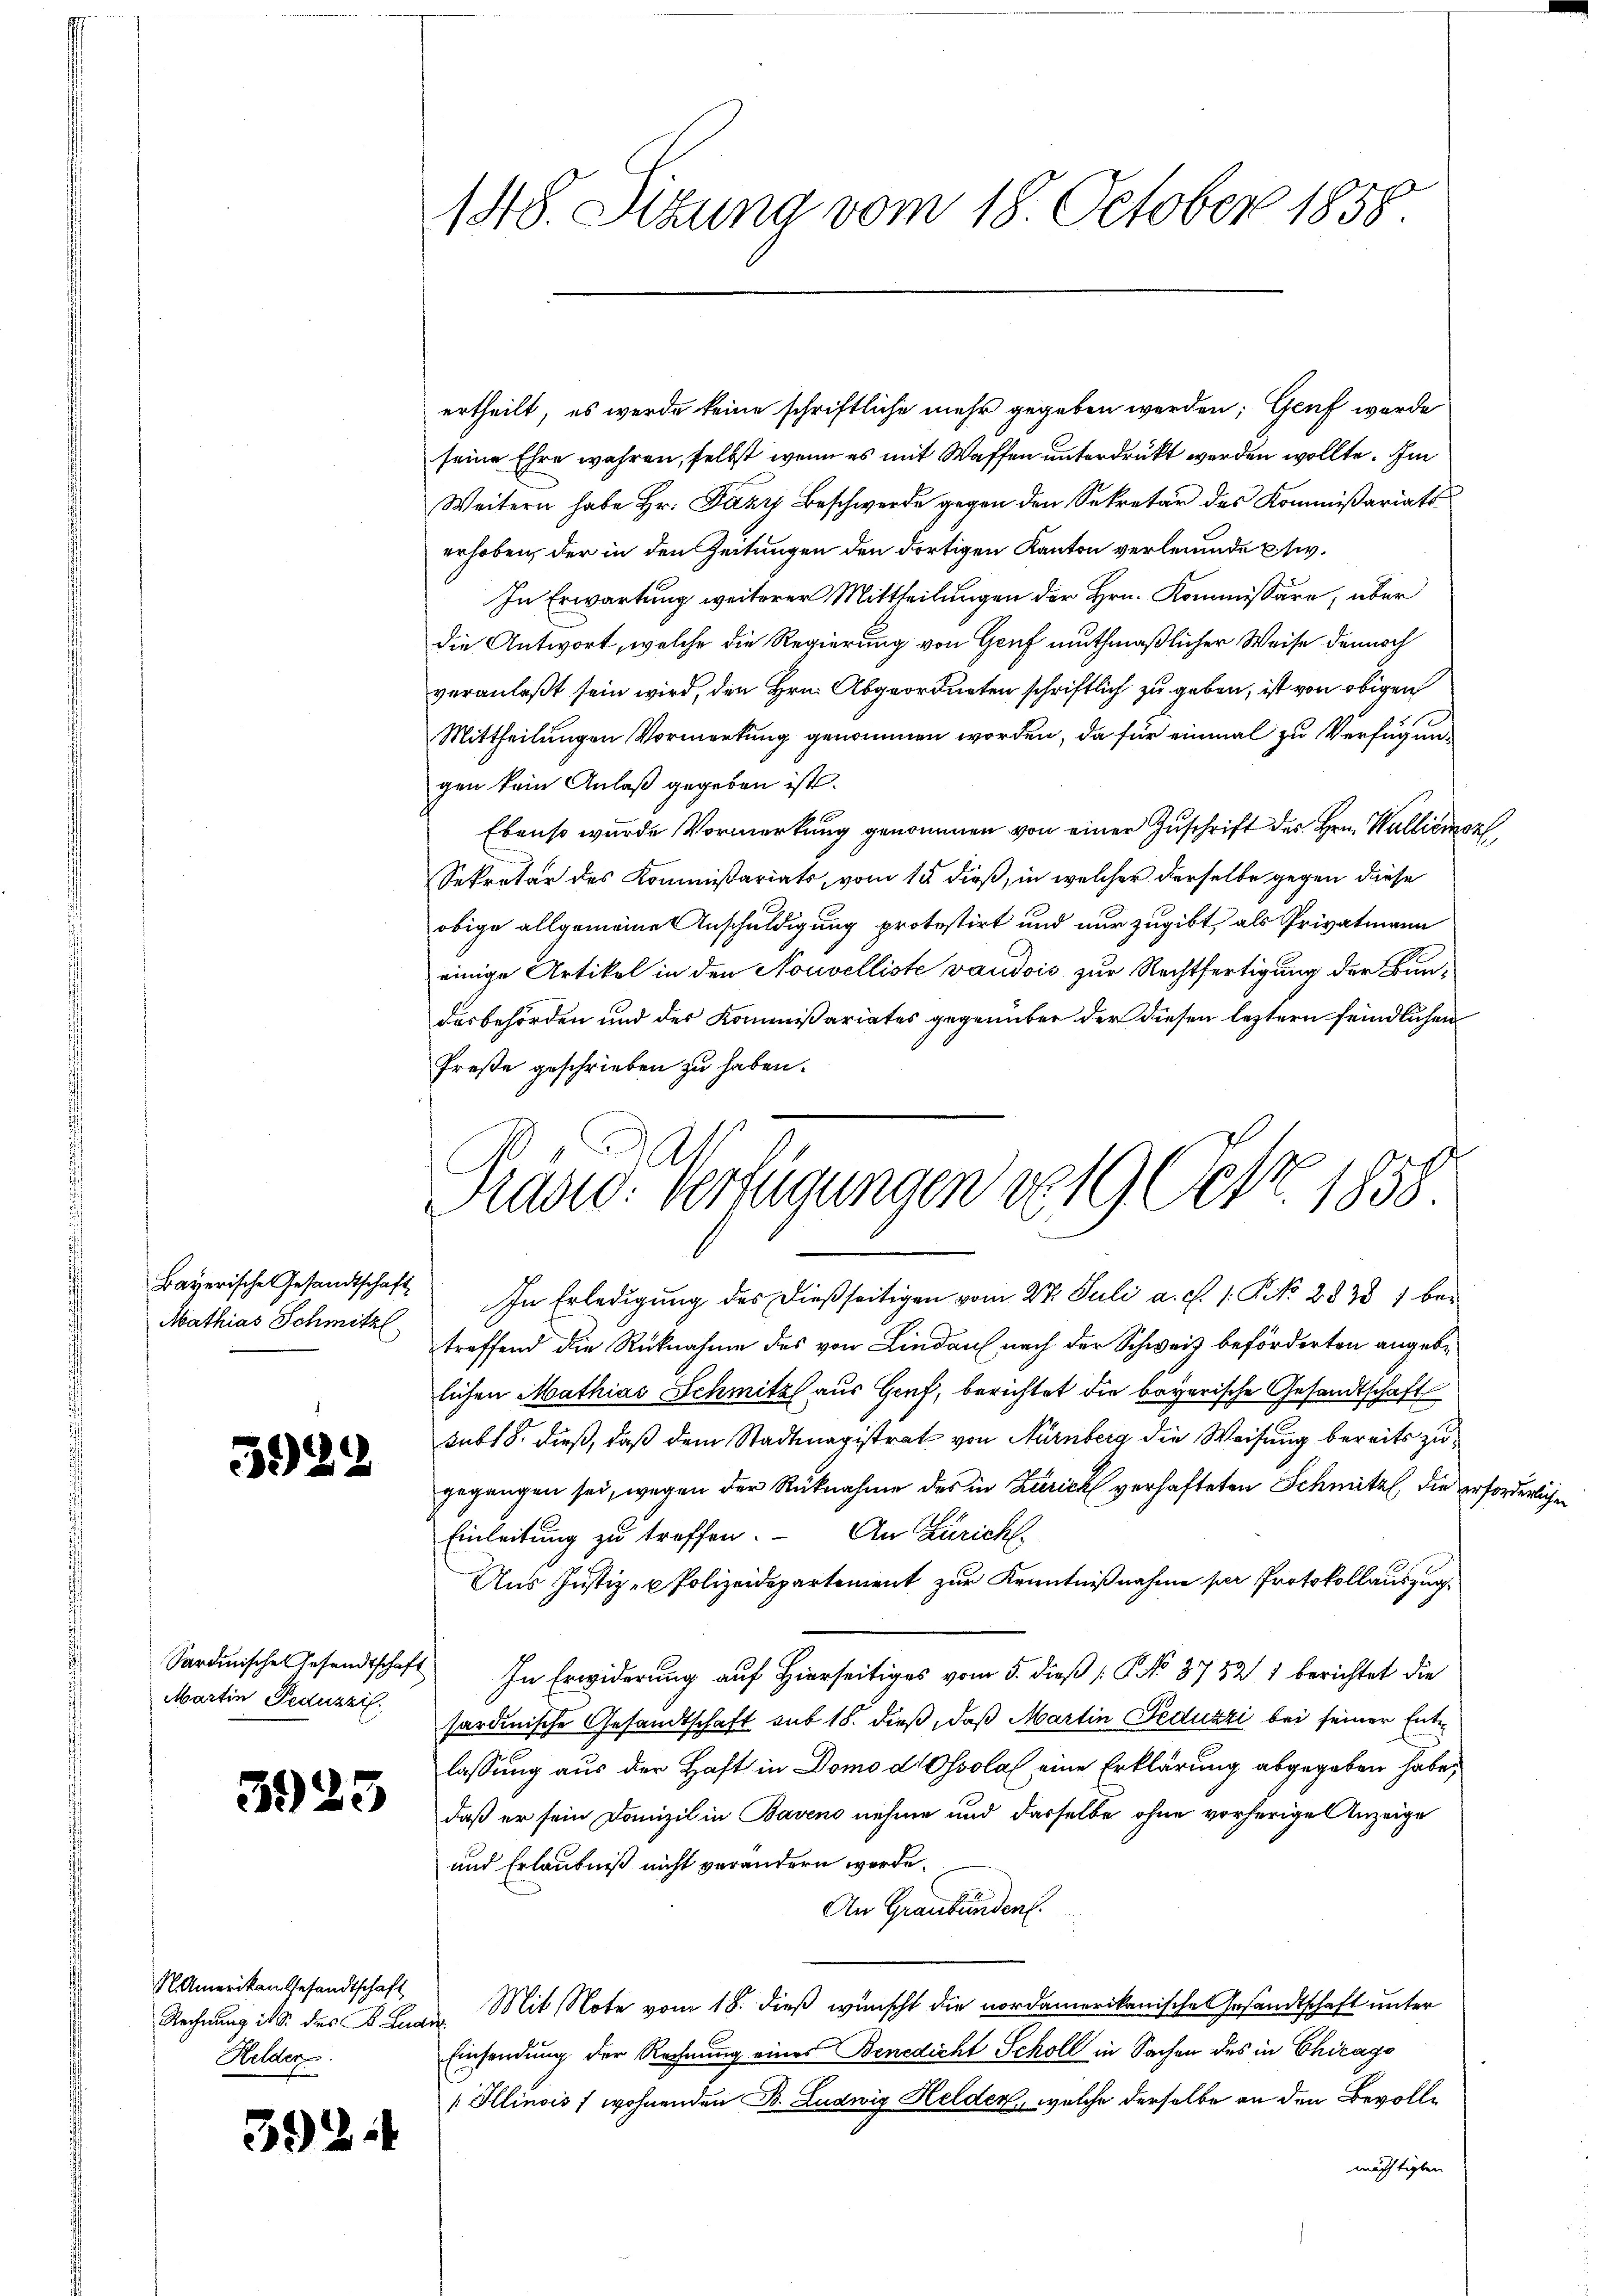
Mathias Schmitzl

5929

Martin Peduzzil.

3925

395

S. Amerikan Gesandtschaft
Helder.

¬

148. Sitzung vom 18. October 1858.

ertheilt, es werde keine schriftliche mehr gegeben werden; Genf wurde
seine Ehre wahren, selbst, wenn es mit Waffen unterdrückt werden wollte. Im
Weitern habe Hr. Dazu Beschwerde gegen den Sekretär des Kommißariats
erhoben, der in den Zeitungen den dortigen Kanton verleumde piv¬
In Erwartung weiterer Mittheilungen der Hrn. Kommissäre, über
die Antwort, welche die Regierung von Genf muthmaßlicher Weise dennoch
veranlaßt sein wird, den Hrn. Abgeordneten schriftlich zu geben, ist von obigen
Mittheilungen Vormerkung genommen worden, da für einmal zu Verfügungen kein Anlaß gegeben ist.
Ebenso wurde Vormerkung genommen von einer Zuschrift des Hrn. Walliémoz
Sekretär des Kommissariats, vom 15 dieß, in welcher derselbe gegen diese
obige allgemeine Anschuldigung protestirt und nur zugibt, als Privatmann
einige Artikel in den Nouvelliste vaudois zur Rechtfertigung der Kan-
desbehörden und der Kommißariates gegenüber der diesen leztern feindlichen
Freße geschrieben zu haben.
Bayerische Gesandtschaft. In Erledigŭng des dießseitigen vom 27. Juli a. c. 1. No. 2833 1 betreffend die Rücknahme des von Lindau nach der Schweiz beförderten angebe
lichen Mathias Schmitz aus Gruf, berichtet die bayerische Gesandtschaft
subl 8. dieß, daß dem Stadtmagistrat von Nürnberg die Weisung bereits zugegangen sei, wegen der Rücknahme des in Zürich verhafteten Schmitz, die erforderlichen
An Züricht.
Einleitung zu treffen.
Aus Justiz- u Polizeidepartement zur Kenntnißnahme per Protokollauszug
Sardinisches Gesandtschaft In Erwiderung auf Hierseitiges vom 5. dieß P. No 37521 berichtet die
sardinische Gesandtschaft mit 18. dieß, daß Martin Feduzzi bei seiner Entlassung aus der Haft in Domo d Ossola eine Erklärung abgegeben habe,
daß er sein Domizil in Baveno nehme und derselbe ohne vorherige Anzeige
und Erlaubniß nicht verändern werde.
An Graubünden.
Rechnung ist. des B. Lund Mit Note vom 18. dieß wünscht die nordamerikanische Gesandtschaft unter
Einsendung der Rechnung eines Benedicht Scholl in Sachen des in Chicago
Illinois f wohnenden B. Ludwig Helden, welche derselbe an den Bevollmächtigten

Präsid. Verfügungen de 19 Oct. 1858